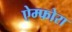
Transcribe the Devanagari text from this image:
ऐम्फोरा